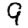
Digit: 9